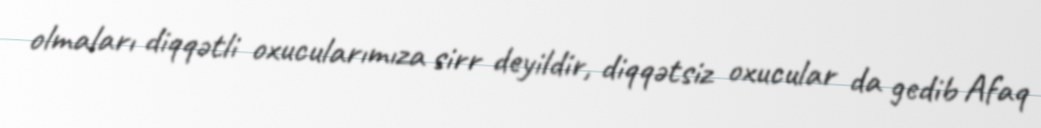
olmaları diqqətli oxucularımıza sirr deyildir, diqqətsiz oxucular da gedib Afaq